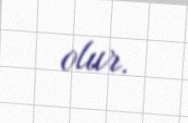
olur.